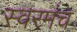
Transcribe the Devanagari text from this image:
स्वरमंच